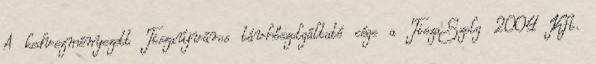
A kedvezményezett Tiszaújváros távhőszolgáltató cége a TiszaSzolg 2004 Kft.